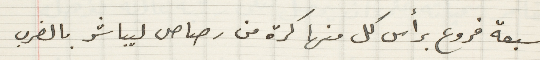
سبعة فروع برأس كل منها كرة من رصاص ليباشر بالضرب